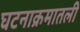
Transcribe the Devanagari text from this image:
घटनाक्रमातली